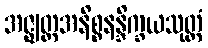
အဇ္ဈတ္တအနိစ္စနန္ဒိက္ခယသုတ္တံ